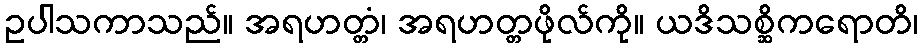
ဥပါသကာသည်။ အရဟတ္တံ၊ အရဟတ္တဖိုလ်ကို။ ယဒိသစ္ဆိကရောတိ၊